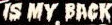
IS MY BACK